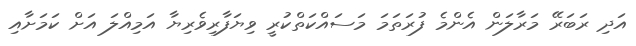
އަދި ރަބަރޭ މަރާލަން އެންމެ ފުރަތަމަ މަސައްކަތްކުރީ ވިޔަފާރިވެރިޔާ އަމިއްލަ އަށް ކަމަށާއި